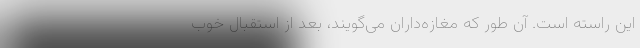
این راسته است. آن طور که مغازه‌داران می‌گویند، بعد از استقبال خوب